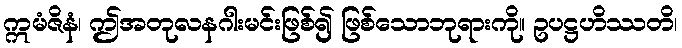
ဣမံဇိနံ၊ ဤအတုလနဂါးမင်းဖြစ်၍ ဖြစ်သောဘုရားကို။ ဥပဋ္ဌဟိဿတိ၊